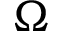
\Omega